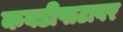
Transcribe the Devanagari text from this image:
कवडीपाटावर